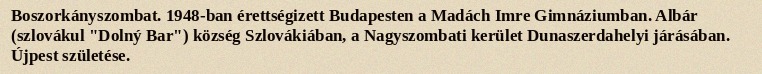
Boszorkányszombat. 1948-ban érettségizett Budapesten a Madách Imre Gimnáziumban. Albár (szlovákul "Dolný Bar") község Szlovákiában, a Nagyszombati kerület Dunaszerdahelyi járásában. Újpest születése.